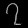
Digit: ၇